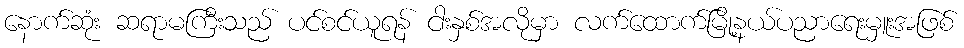
နောက်ဆုံး ဆရာမကြီးသည် ပင်စင်ယူရန် ငါးနှစ်အလိုမှာ လက်ထောက်မြို့နယ်ပညာရေးမှူးအဖြစ်